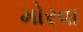
મોરવા